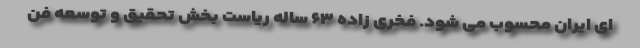
ای ایران محسوب می شود. فخری زاده ۶۳ ساله ریاست بخش تحقیق و توسعه فن